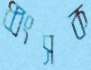
ধ্বংসক